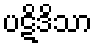
ပဋိဒိသာ